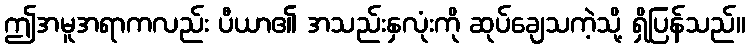
ဤအမူအရာကလည်း ပီယာ၏ အသည်းနှလုံးကို ဆုပ်ချေသကဲ့သို့ ရှိပြန်သည်။